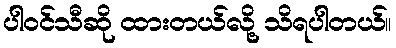
ပါဝင်သီဆို ထားတယ်လို့ သိရပါတယ်။